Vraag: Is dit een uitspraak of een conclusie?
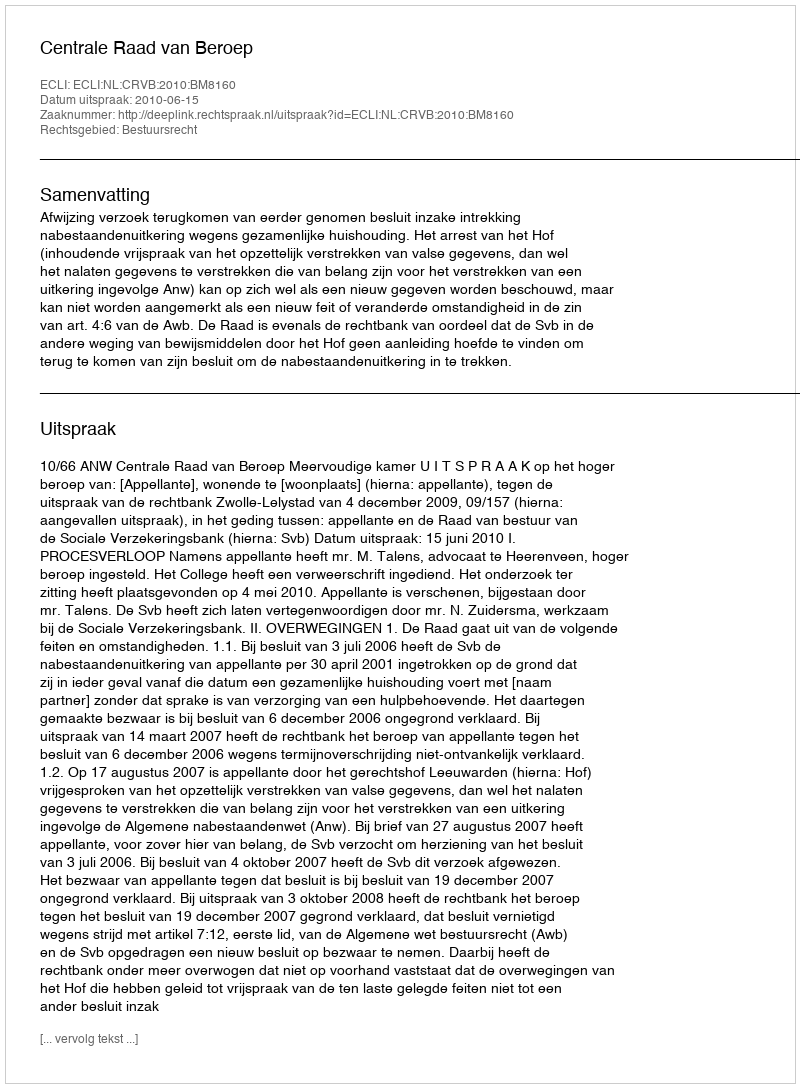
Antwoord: Uitspraak